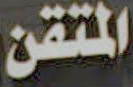
المتقن